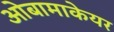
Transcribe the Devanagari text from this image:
ओबामाकेयर